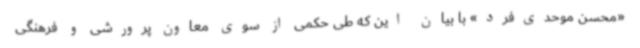
«محسن موحدی‌فرد» با بیان این که طی حکمی از سوی معاون پرورشی و فرهنگی